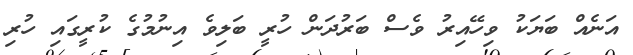
އަނެއް ބަޔަކު ވިހޭއިރު ވެސް ބަރުދަން ހުރީ ބަލިވެ އިނުމުގެ ކުރީގައި ހުރި